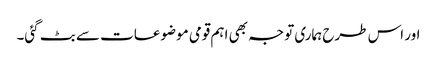
اور اس طرح ہماری توجہ بھی اہم قومی موضوعات سے بٹ گئی۔